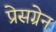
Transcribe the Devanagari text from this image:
प्रेसग्रेन